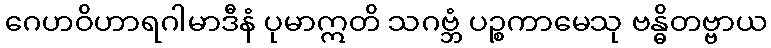
ဂေဟဝိဟာရဂါမာဒီနံ ပုမာဣတိ သဂဗ္ဘံ ပဉ္စကာမေသု ဗန္ဓိတဗ္ဗာယ